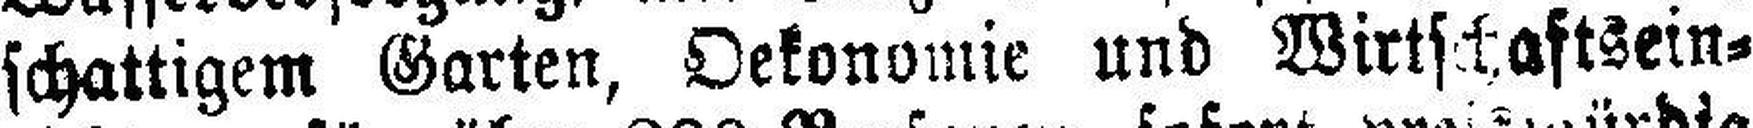
schattigem Garten, Oekonomie und Wirtschaftsein¬